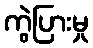
ကွဲပြားမှု